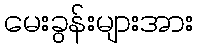
မေးခွန်းများအား